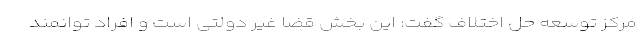
مرکز توسعه حل اختلاف گفت: این بخش قضا غیر دولتی است و افراد توانمند